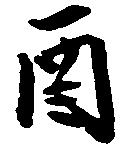
酉